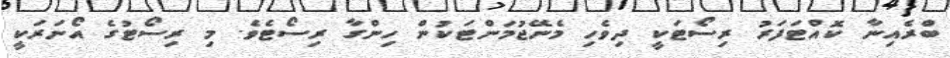
ބްރެއިނާ ކޮއްޓަފަރު ރިސޯޓަކީ ދިވެހި މެނޭޖުމަންޓަކުން ހިންގާ ރިސޯޓެވެ. މި ރިސޯޓުގެ އޯނަރަކީ